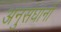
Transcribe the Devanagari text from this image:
अनुसंघानों